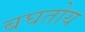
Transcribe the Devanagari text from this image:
बघतोय